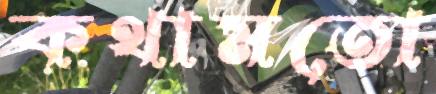
কথামতো